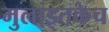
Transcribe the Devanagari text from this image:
मुलाइतकेच